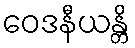
ဝေဒနီယန္တိ